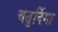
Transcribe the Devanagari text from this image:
चतुर्विमा